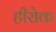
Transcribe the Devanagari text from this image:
हीरोक